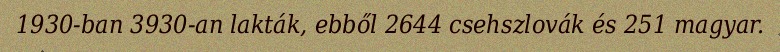
1930-ban 3930-an lakták, ebből 2644 csehszlovák és 251 magyar.